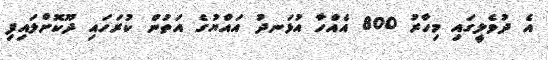
އެ ދުވެލީގައި މިހާރު 800 އެއްހާ އުޅަނދު އައްޔުގެ އަތުން ކުރަހައި ދޫކޮށްލައިފި